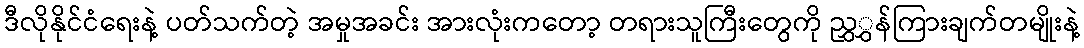
ဒီလိုနိုင်ငံရေးနဲ့ ပတ်သက်တဲ့ အမှုအခင်း အားလုံးကတော့ တရားသူကြီးတွေကို ညွှွှန်ကြားချက်တမျိုးနဲ့